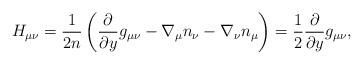
LaTeX: \begin{align*} H_{\mu\nu} =\frac1{2n} \left( \frac{\partial}{\partial y} g_{\mu\nu} - \nabla_\mu n_\nu - \nabla_\nu n_\mu \right) = \frac12 \frac{\partial}{\partial y} g_{\mu\nu},\end{align*}